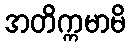
အတိက္ကမာမိ